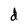
Character: d